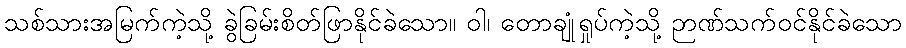
သစ်သားအမြက်ကဲ့သို့ ခွဲခြမ်းစိတ်ဖြာနိုင်ခဲသော။ ဝါ၊ တောချုံရှုပ်ကဲ့သို့ ဉာဏ်သက်ဝင်နိုင်ခဲသော